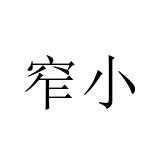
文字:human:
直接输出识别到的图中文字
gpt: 窄小